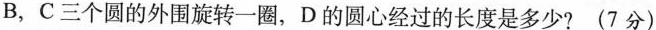
B，C三个圆的外围旋转一圈，D的圆心经过的长度是多少? (7分）